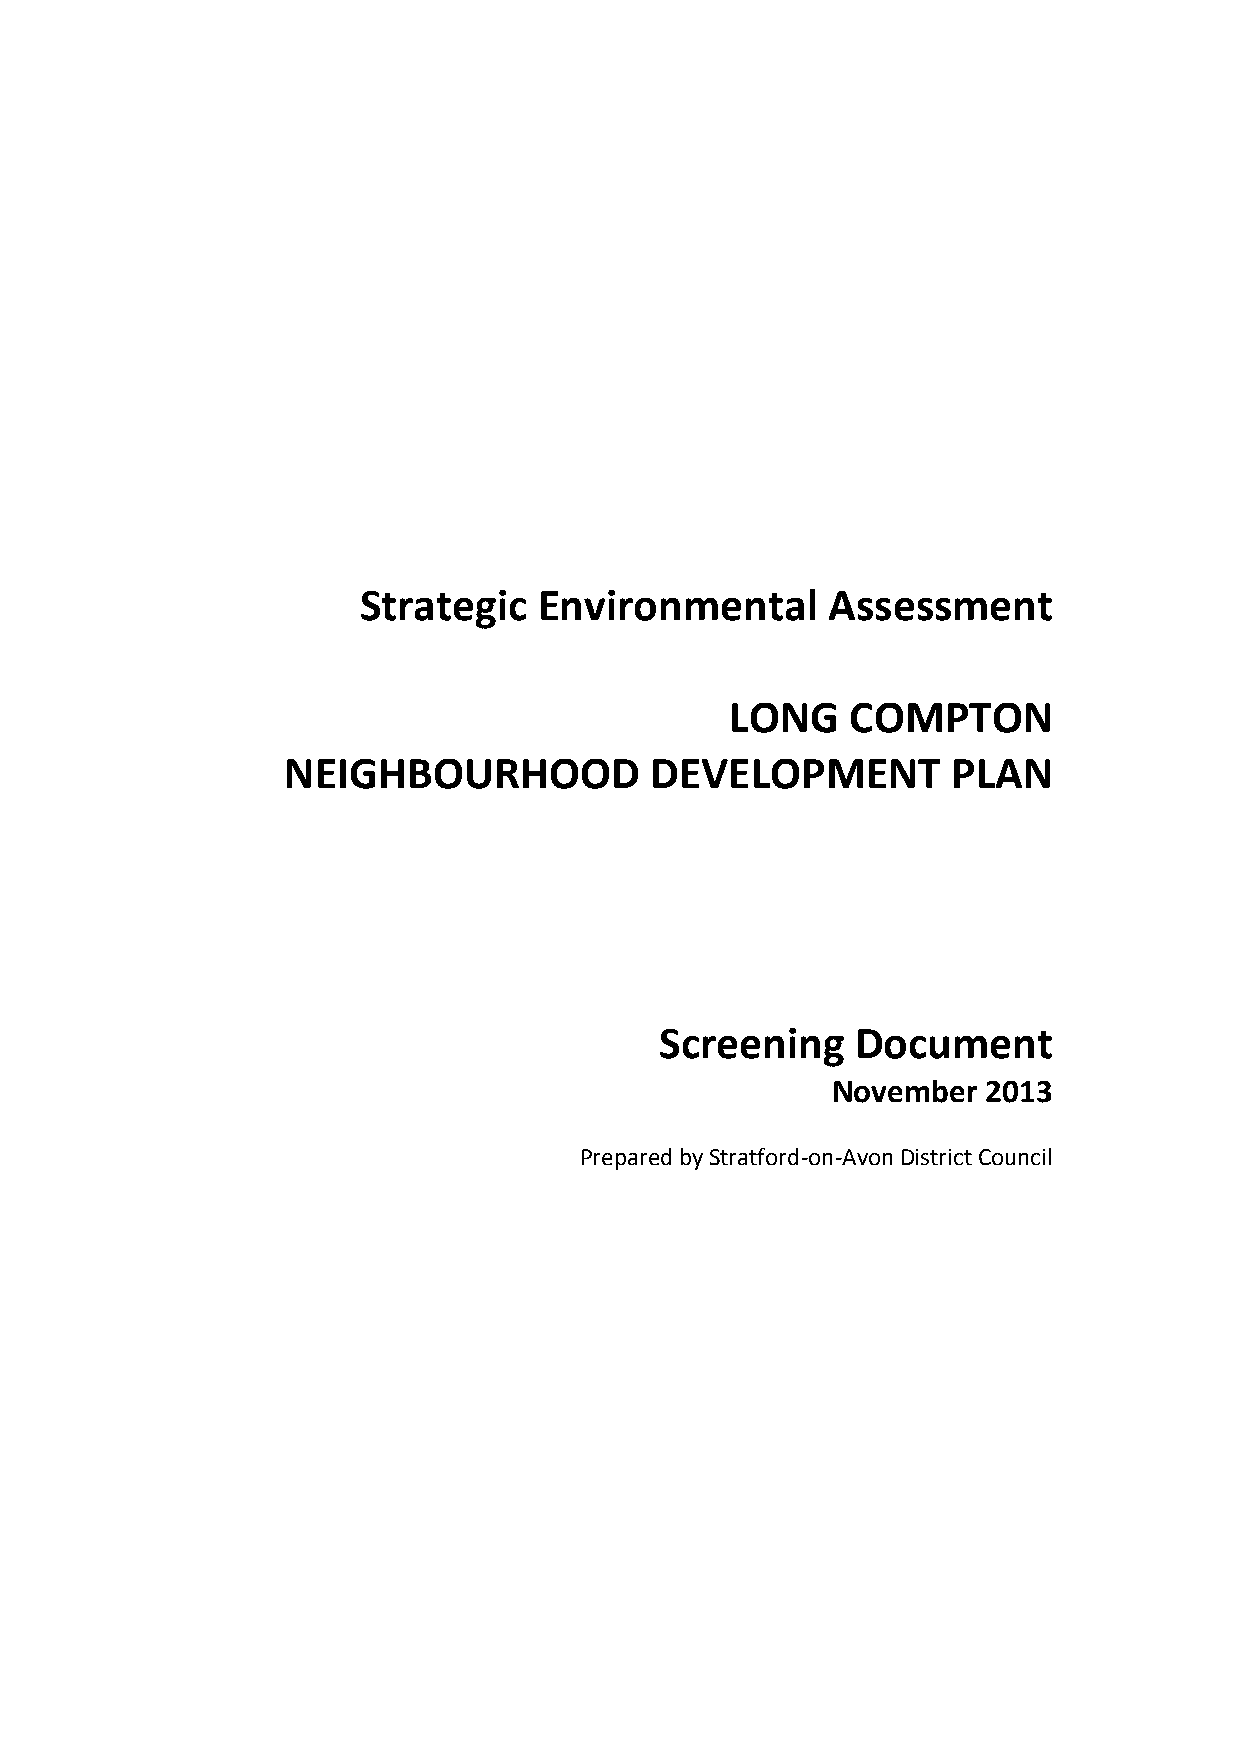
Strategic   Environmental      Assessment
 LONG    COMPTON
 NEIGHBOURHOOD           DEVELOPMENT         PLAN
 Screening    Document
 November  2013
 Prepared by Stratford‐on‐Avon District Council